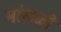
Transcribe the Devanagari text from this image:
मांडळी